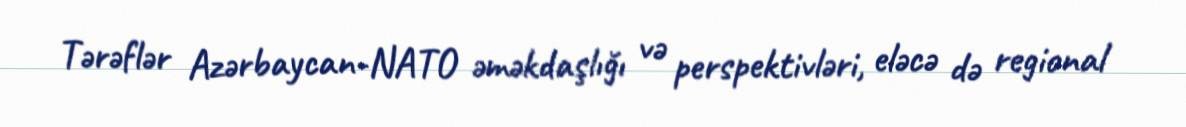
Tərəflər Azərbaycan-NATO əməkdaşlığı və perspektivləri, eləcə də regional